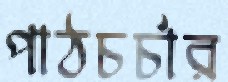
পাঠচর্চার